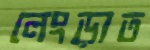
লেংড়াত